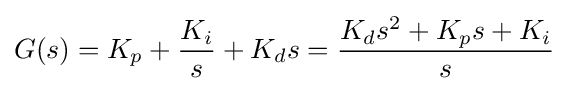
G(s)=K_{p}+{\frac {K_{i}}{s}}+K_{d}{s}={\frac {K_{d}{s^{2}}+K_{p}{s}+K_{i}}{s}}